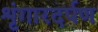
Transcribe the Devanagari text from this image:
शृंगारदर्पण